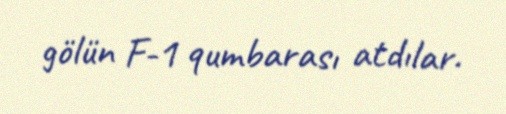
gölün F-1 qumbarası atdılar.